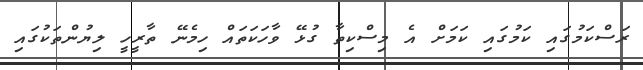
ރަސްކަމުގައި ކަމުގައި ކަމަށް އެ މިސްކިތާ ގުޅޭ ވާހަކަތައް ހިމެނޭ ތާރީހީ ލިޔުންތަކުގައި